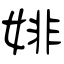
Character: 婔